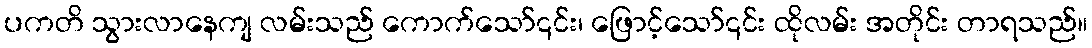
ပကတိ သွားလာနေကျ လမ်းသည် ကောက်သော်၎င်း၊ ဖြောင့်သော်၎င်း ထိုလမ်း အတိုင်း တာရသည်။